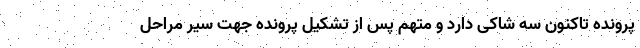
پرونده تاکنون سه شاکی دارد و متهم پس از تشکیل پرونده جهت سیر مراحل